Calcutta medical institutions reports 1879-81 [i.e.91]
Year: 1879
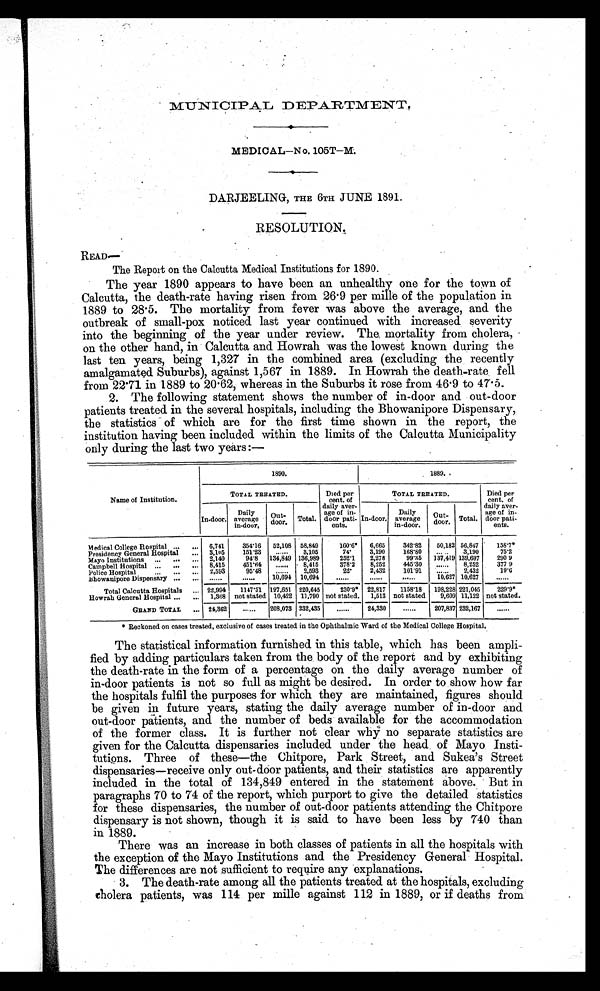
MUNICIPAL DEPARTMENT.
MEDICAL—No. 105T—M.
DARJEELING, THE 6TH JUNE 1891.
RESOLUTION.
R E A D —
The Report on the Calcutta Medical Institutions for 1890.
The year 1890 appears to have been an unhealthy one for the town of
Calcutta, the death-rate having risen from 26.9 per mille of the population in
1889 to 28.5. The mortality from fever was above the average, and the
outbreak of small-pox noticed last year continued with increased severity
into the beginning of the year under review. The mortality from cholera,
on the other hand, in Calcutta and Howrah was the lowest known during the
last ten years, being 1,327 in the combined area (excluding the recently
amalgamated Suburbs), against 1,567 in 1889. In Howrah the death-rate, fell
from 22.71 in 1889 to 20.62, whereas in the Suburbs it rose from 46.9 to 47.5.
2. The following statement shows the number of in-door and out-door
patients treated in the several hospitals, including the Bhowanipore Dispensary,
the statistics of which are for the first time shown in the report, the
institution having been included within the limits of the Calcutta Municipality
only during the last two years:—
Name of Institution.
1890.
1889.
TOTAL TREATED.
Died per
cent. of
d a i l y a v e r -
age of in-
door pati-
ents.
TOTAL TREATED.
Died per
cent. of
daily aver-
age of in-
door pati-
ents.
In-door.
Daily
average
in-door,
Out-
door. Total.
In-door.
Daily
average
in-door.
Out-
door. Total.
Medical College Hospital . . .
...
6,741
354.16
52,108 58,849
160.6*
6,665
342.82
50,182 56,847
158.7*
Presidency General Hospital
...
3,105
151.23
.....
3,105
74.
3,190
168.80
......
3,190
75.2
Mayo Institutions
...
...
...
2,140
94.8
134,849 136,989
252.1
2,278
99.35
137,419 139,697
290 9
Campbell Hospital ...
...
...
8,415
451.64
......
8,415
378.2
8,252
445.30
......
8,252
377.9
Police Hospital
. . . . . . . . . 2,593
95.48
. . . . . .
2,593
22.
2,432
101.91
......
2,432
19.6
Bhowanipore Dispensary ...
...
......
......
10,694 10,694
. . . . . .
. . . . . .
. . . . . . 10.627 10,627 ......
Total Calcutta Hospitals
... 22,994
1147.31 197,651 220,645
230.9* 22,817
1158.18
198,228 221,045
229.9*
Howrah General Hospital ...
...
1,368 not stated 10,422 11,790 not stated.
1,513 not stated
9,609 11,122 not stated.
GRAND TOTAL
... 24,362
......
208,073 232,435
......
24,330
. . . . . . 207,837 232,167 . . . . . .
•
* Reckoned on cases treated, exclusive of cases treated in the Ophthalmic Ward of the Medical College Hospital.
The statistical information furnished in this table, which has been ampli-
fied by adding particulars taken from the body of the report and by exhibiting
the death-rate in the form of a percentage on the daily average number of
in-door patients is not so full as might be desired. In order to show how far
the hospitals fulfil the purposes for which they are maintained, figures should
be given in future years, stating the daily average number of in-door and
out-door patients, and the number of beds available for the accommodation
of the former class. It is further not clear why no separate statistics are
given for the Calcutta dispensaries included under the head of Mayo Insti-
tutions. Three of these—the Chitpore, Park Street, and Sukea's Street
dispensaries—receive only out-door patients, and their statistics are apparently
included in the total of 134,849 entered in the statement above. But in
paragraphs 70 to 74 of the report, which purport to give the detailed statistics
for these dispensaries, the number of out-door patients attending the Chitpore
dispensary is not shown, though it is said to have been less by 740 than
in 1889.
There was an increase in both classes of patients in all the hospitals with
the exception of the Mayo Institutions and the Presidency General Hospital.
The differences are not sufficient to require any explanations.
3. The death-rate among all the patients treated at the hospitals, excluding
cholera patients, was 114 per mille against 112 in 1889, or if deaths from